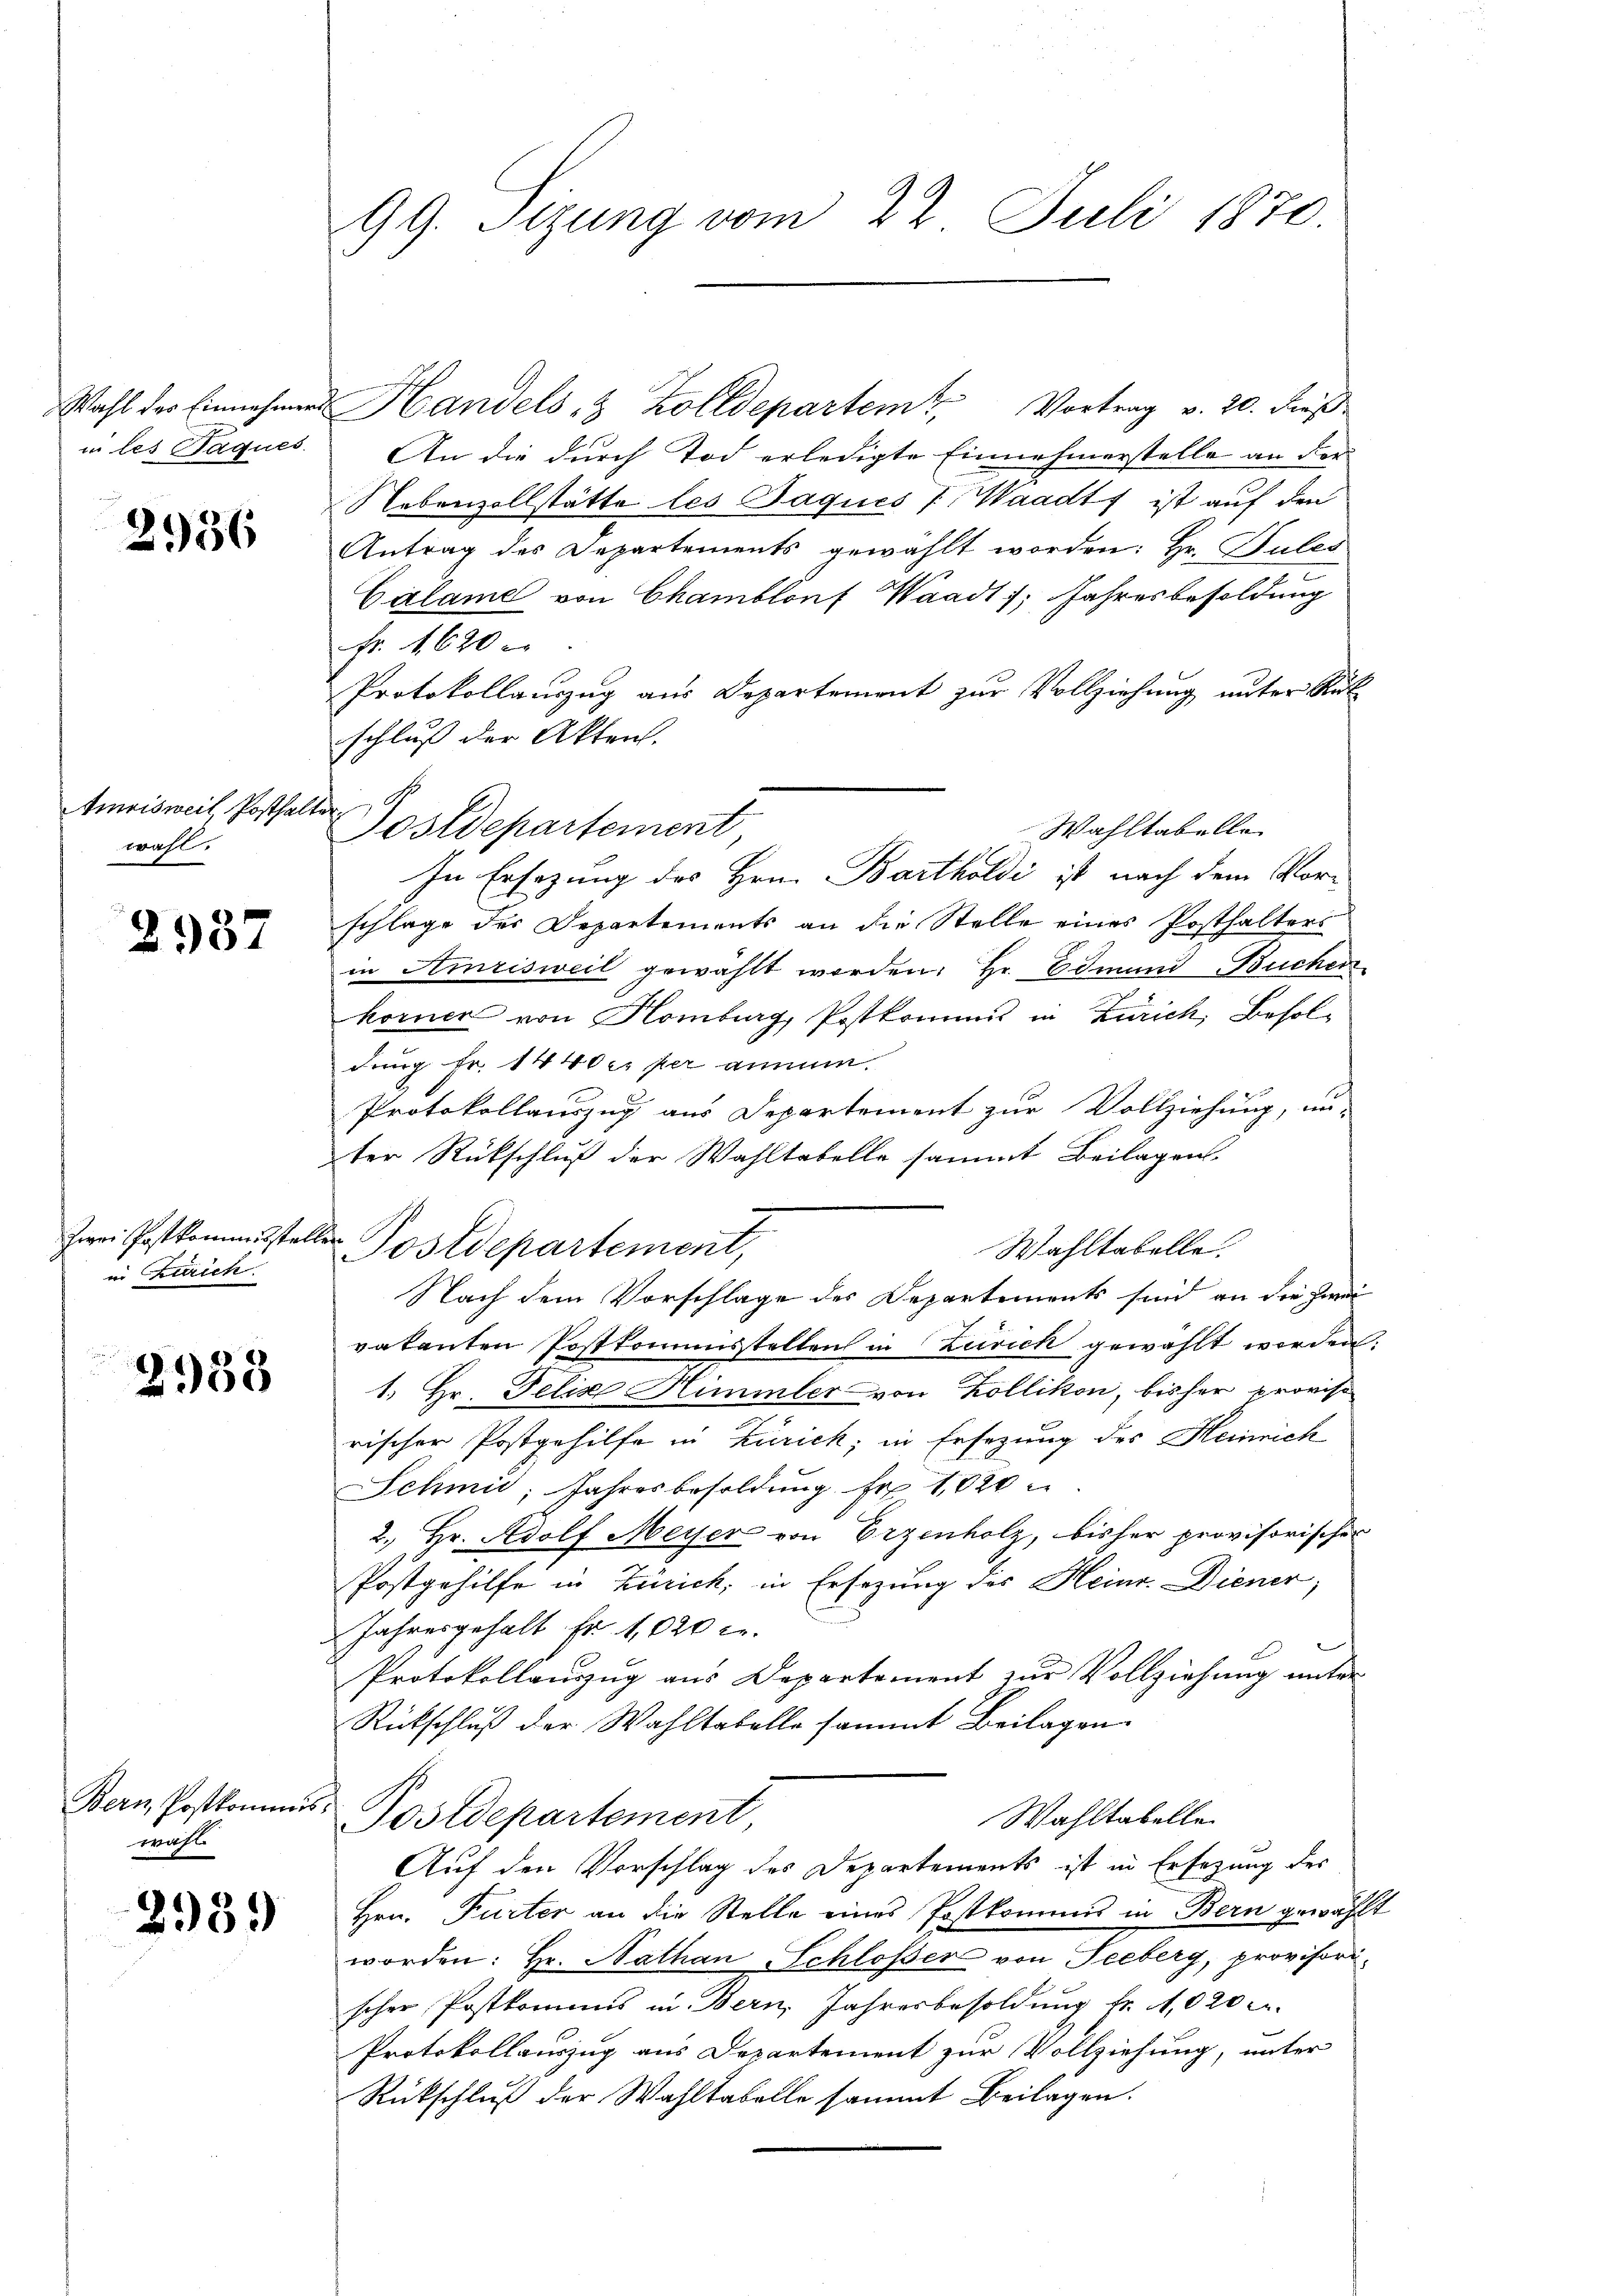
Wahl des Einnehmen.
in les Paques.

2936

Amrisweil, Posthalwahl.

2937

zwei Postkommisste.
in Attrich

2958

Bern Postkommi
wahl

2939)

99. Sizung vom 22. Juli 1870.

Handels- & Zolldepartem Vortrag v. 20. Fuß
An die durch Tod erledigte Einnahmerstelle an der
Nebenzollstätte les Jaques Waadt, ist auf den
Antrag des Departements gewählt worden: Hr. Pules
Calame von Chamblonf Waadt, Jahresbesoldung
Fr. 1620
Protokollanzug aus Departement zur Vollziehung unter Rük
schluß der Akten.
¬
Postdepartement
Wahltabelle
In Ersezung des Hrn. Bartholdi ist nach dem Vorschlage des Departements an die Stelle eines Posthalters
in Amrisweil gewählt worden: Hr. Edmund Buchen
körner von Homburg, Postkommis in Zürich, Besoldung Fr. 1440er per annum.
Protokollauszug aus Departement zur Vollziehung, un-
ter Rückschluß der Wahltabelle sammt Beilagen.
.
Postdepartement,
Wahltabelle.
Nach dem Vorschlage des Departements sind an die Zwei
vakanten Postkommisstellen in Zurick gewählt werden:
1. Hr. Felix Himmler von Kollikon, bisher proviso
rischer Postgehilfe in Zürich; in Ersezung des Heinrich
SSchmid, Jahresbesoldung Fr. 1820
2., Hr. Adolf Meyer von Erzenholz, bisher provisorischer
Postgehilfe in Zürich, in Ersezung des Heinr. Diener,
Jahresgehalt fr. 1020 c.
Protokollanzug aus Departement zur Vollziehung unter-
Rückschluß der Wahltabelle sammt Beilagen
Wahltabelle.
Postdepartement,
Auf den Vorschlag des Departements ist in Ersezung des
Hrn. Furter an die Stelle eines Postkommis in Bern gewählt
worden: Hr. Nathan, Schloßer von Seeberg, provisorischer Postkommis in Bern, Jahresbesoldung fr. 11,020 u.
Protokollauszug aus Departement zur Vollziehung, unter
Rückschluß der Wahltabelle sammt Beilagen.